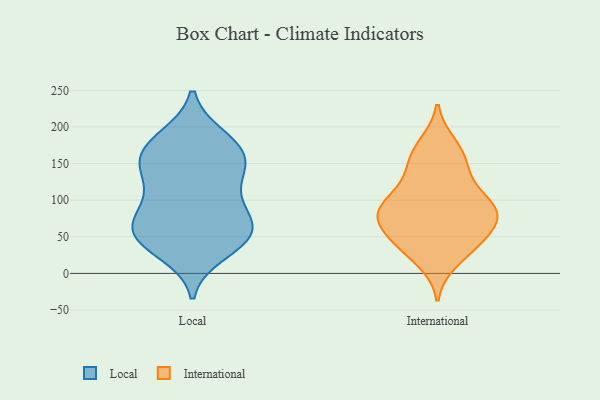
{"axis": {"x": "Churn Rate (%)", "y": "Value"}, "legend": ["International", "Local"], "data": [{"x": "", "y": 121, "type": "Local"}, {"x": "", "y": 145, "type": "Local"}, {"x": "", "y": 154, "type": "Local"}, {"x": "", "y": 145, "type": "Local"}, {"x": "", "y": 49, "type": "Local"}, {"x": "", "y": 51, "type": "Local"}, {"x": "", "y": 38, "type": "Local"}, {"x": "", "y": 151, "type": "Local"}, {"x": "", "y": 186, "type": "Local"}, {"x": "", "y": 66, "type": "Local"}, {"x": "", "y": 180, "type": "Local"}, {"x": "", "y": 107, "type": "Local"}, {"x": "", "y": 28, "type": "Local"}, {"x": "", "y": 91, "type": "Local"}, {"x": "", "y": 84, "type": "Local"}, {"x": "", "y": 182, "type": "Local"}, {"x": "", "y": 162, "type": "Local"}, {"x": "", "y": 59, "type": "Local"}, {"x": "", "y": 51, "type": "Local"}, {"x": "", "y": 67, "type": "Local"}, {"x": "", "y": 39, "type": "International"}, {"x": "", "y": 36, "type": "International"}, {"x": "", "y": 58, "type": "International"}, {"x": "", "y": 98, "type": "International"}, {"x": "", "y": 97, "type": "International"}, {"x": "", "y": 130, "type": "International"}, {"x": "", "y": 175, "type": "International"}, {"x": "", "y": 18, "type": "International"}, {"x": "", "y": 136, "type": "International"}, {"x": "", "y": 42, "type": "International"}, {"x": "", "y": 157, "type": "International"}, {"x": "", "y": 84, "type": "International"}, {"x": "", "y": 66, "type": "International"}, {"x": "", "y": 91, "type": "International"}, {"x": "", "y": 78, "type": "International"}, {"x": "", "y": 166, "type": "International"}, {"x": "", "y": 80, "type": "International"}, {"x": "", "y": 85, "type": "International"}]}